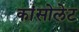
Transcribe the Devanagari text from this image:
कांसोलेट